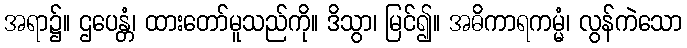
အရာ၌။ ဌပေန္တံ၊ ထားတော်မူသည်ကို။ ဒိသွာ၊ မြင်၍။ အဓိကာရကမ္မံ၊ လွန်ကဲသော